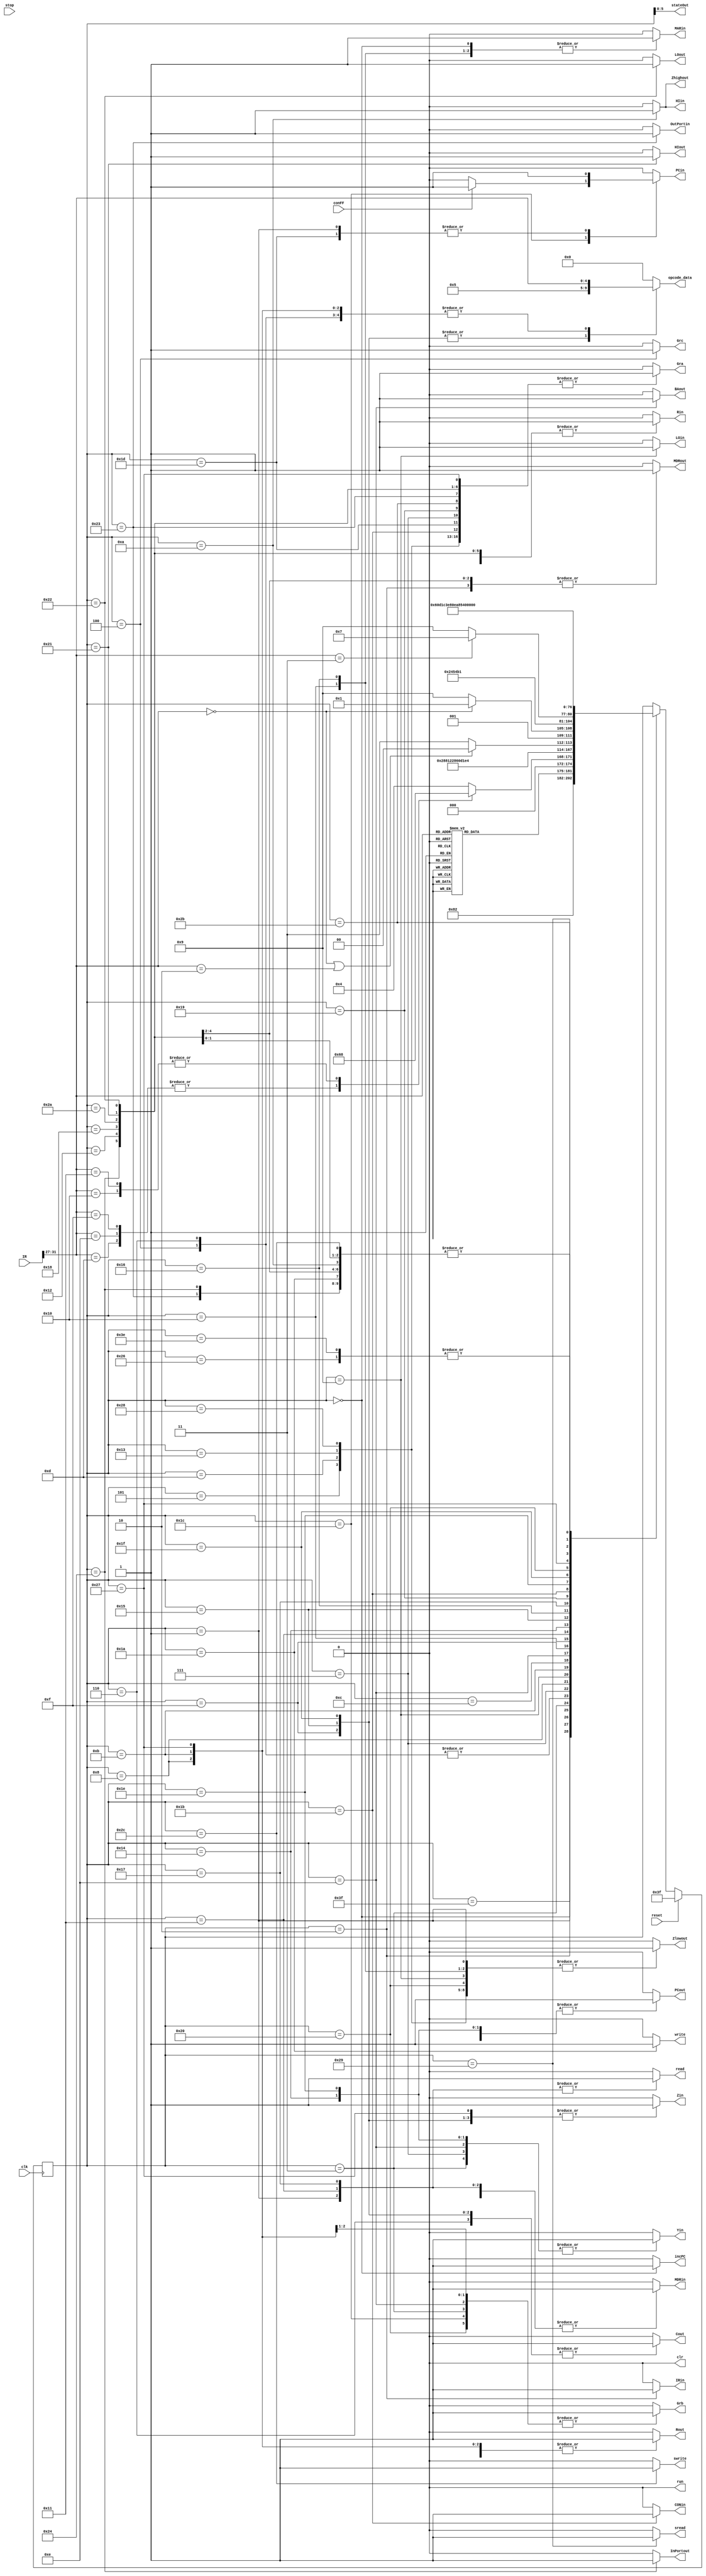
module ControlUnit(
	output reg Rin, Rout, Gra, Grb, Grc,
	output reg HIin, LOin, CONin, PCin, IRin, Yin, Zin, MARin, MDRin, OutPortin, Cout, InPortout, BAout,
	output reg PCout, MDRout, Zhighout, Zlowout, HIout, LOout,
	output reg incPC,
	output reg[4:0] opcode_data,
	output reg read, write, sread, swrite, run, clr,
	output wire[5:0] stateOut,
	input wire clk, reset, stop, conFF,
	input wire[31:0] IR
);

reg[6:0] present_state;
wire[4:0] opcode;
assign opcode = IR[31:27];
assign stateOut = present_state;

parameter	fetch0 = 0,
				fetch1 = 1,
				fetch2 = 2,
				add3 = 3,
				add4 = 4,
				add5 = 5,
				addi4 = 6,
				mul3 = 7,
				mul4 = 8,
				mul5 = 9,
				mul6 = 10,
				neg3 = 11,
				neg4 = 12,
				neg5 = 13,
				ld3 = 14,
				ld4 = 15,
				ld5 = 16,
				ld6 = 17,
				ld7 = 18,
				ldi5 = 19,
				ldr3 = 20,
				ldr4 = 21,
				ldr5 = 22,
				ldr6 = 23,
				ldr7 = 24,
				st6 = 25,
				st7 = 26,
				br3 = 27,
				br4 = 28,
				jp3 = 29,
				jal3 = 30,
				jal4 = 31,
				jal5 = 32,
				mfhi3 = 33,
				mflo3 = 34,
				out3 = 35,
				in3 = 36,
				halt3 = 38,
				inc3 = 39,
				inc4 = 40,
				ldstk3 = 41,
				ldstk4 = 42,
				ststk3 = 43,
				ststk4 = 44,
				end_state = 7'b0111110,
				reset_state = 7'b0111111;

always @(posedge clk) begin
	#1;
	if(reset == 1)
		present_state <= reset_state;
	else
		case(present_state)
			reset_state: present_state <= fetch0;
			fetch0: present_state <= fetch1;
			fetch1: present_state <= fetch2;
			
			fetch2:
			begin
				case(opcode)
					5'b00000: present_state <= ld3;
					5'b00001: present_state <= ld3; //ldi
					5'b00010: present_state <= ld3; //st
					5'b00011: present_state <= ldr3;
					5'b00100: present_state <= ldr3; //str
					5'b00101: present_state <= add3;
					5'b00110: present_state <= add3; //sub
					5'b00111: present_state <= add3; //and
					5'b01000: present_state <= add3; //or
					5'b01001: present_state <= add3; //shr
					5'b01010: present_state <= add3; //shl
					5'b01011: present_state <= add3; //ror
					5'b01100: present_state <= add3; //rol
					5'b01101: present_state <= add3; //addi
					5'b01110: present_state <= add3; //andi
					5'b01111: present_state <= add3; //ori
					5'b10000: present_state <= mul3; //mul
					5'b10001: present_state <= mul3; //div
					5'b10010: present_state <= neg3;
					5'b10011: present_state <= neg3; //not
					5'b10100: present_state <= br3;
					5'b10101: present_state <= jp3;
					5'b10110: present_state <= jal3;
					5'b10111: present_state <= in3;
					5'b11000: present_state <= out3;
					5'b11001: present_state <= mfhi3;
					5'b11010: present_state <= mflo3;
					5'b11011: present_state <= reset_state; //nop
					5'b11100: present_state <= halt3;
					5'b11101: present_state <= inc3;
					5'b11110: present_state <= ldstk3;
					5'b11111: present_state <= ststk3;
				endcase
			end
			
			add3:
			begin
				case(opcode)
					5'b01101: present_state <= addi4; //addi
					5'b01110: present_state <= addi4; //andi
					5'b01111: present_state <= addi4; //ori
					5'b10000: present_state <= mul4; //mul
					5'b10001: present_state <= mul4; //div
					default: present_state <= add4;
				endcase
			end
			add4: present_state <= add5;
			add5: present_state <= reset_state;
			
			//addi/andi/ori uses add3 and add5
			addi4: present_state <= add5;
			
			//sub uses add3 and add5
			
			mul3: present_state <= mul4;
			mul4: present_state <= mul5;
			mul5: present_state <= mul6;
			mul6: present_state <= reset_state;
			
			//not uses neg3-5
			neg3: present_state <= neg4;
			neg4: present_state <= neg5;
			neg5: present_state <= reset_state;
			
			//div uses add3 and mul5-6
			
			//and uses add3 and add5
			
			//or uses add3 and add5
			
			//shr uses add3 and add5
			
			//shl uses add3 and add5
			
			//ror uses add3 and add5
			
			//rol uses add3 and add5
			
			ld3: present_state <= ld4;
			ld4: 
			begin
				// if ld or st
				if(opcode == 5'b00000 || opcode == 5'b00010)
					present_state <= ld5;
				else
					present_state <= ldi5;
			end
			ld5: 
			begin
				if(opcode == 5'b00000)
					present_state <= ld6;
				else
					present_state <= st6;
			end
			ld6: present_state <= ld7;
			ld7: present_state <= reset_state;
			
			//ldi uses ld3-4
			ldi5: present_state <= reset_state;
			
			ldr3: present_state <= ldr4;
			ldr4: present_state <= ldr5;
			ldr5: 
			begin
				if(opcode == 5'b00011)
					present_state <= ldr6;
				else
					present_state <= st6; //str
			end
			ldr6: present_state <= ldr7;
			ldr7: present_state <= reset_state;
			
			//st uses ld3-5
			st6: present_state <= st7;
			st7: present_state <= reset_state;
			
			//str uses ldr3-4 and st6-7 (as str5-6)
			
			//brzr/brnz/brmi/brpl all use same seq
			br3: present_state <= br4;
			br4: present_state <= reset_state;
			
			jp3: present_state <= reset_state;
			
			//jal uses jp3 as jal6
			jal3: present_state <= jal4;
			jal4: present_state <= jal5;
			jal5: present_state <= jp3;
			
			mfhi3: present_state <= reset_state;
			
			mflo3: present_state <= reset_state;
			
			out3: present_state <= reset_state;
			
			in3: present_state <= reset_state;
			
			inc3: present_state <= inc4;
			inc4: present_state <= reset_state;
			
			ldstk3: present_state <= ldstk4;
			ldstk4: present_state <= reset_state;
			ststk3: present_state <= ststk4;
			ststk4: present_state <= reset_state;
			
			halt3: present_state <= end_state;
			end_state: present_state <= end_state;
		endcase
end

always @(present_state) begin
	Rin <= 0; Rout <= 0; Gra <= 0; Grb <= 0; Grc <= 0; HIin <= 0; LOin <= 0; 
	CONin <= 0; PCin <= 0; IRin <= 0; Yin <= 0; Zin <= 0; MARin <= 0; MDRin <=0;
	OutPortin <= 0; Cout <= 0; InPortout <= 0; BAout <= 0; incPC <= 0; read <= 0;
	write <= 0; run <= 0; clr <= 0; PCout <= 0; MDRout <= 0; Zhighout <= 0;
	Zlowout <= 0; HIout <= 0; LOout <= 0; sread <= 0; swrite <= 0; opcode_data <= 5'b00000;
	
	case(present_state)
		fetch0: begin PCout <= 1; MARin <= 1; incPC <= 1; Zin <= 1; end
		fetch1: begin Zlowout <= 1; PCin <= 1; read <= 1; MDRin <= 1; end
		fetch2: begin MDRout <= 1; IRin <= 1; end
		add3: begin Grb <= 1; Rout <= 1; Yin <= 1; end
		add4: begin Grc <= 1; Rout <= 1; opcode_data <= opcode; Zin <= 1; end
		add5: begin Zlowout <= 1; Gra <= 1; Rin <= 1; end
		addi4: begin Cout <= 1; opcode_data <= opcode; Zin <= 1; end
		mul3: begin Gra <= 1; Rout <= 1; Yin <= 1; end
		mul4: begin Grb <= 1; Rout <= 1; opcode_data <= opcode; Zin <= 1; end
		mul5: begin Zlowout <= 1; LOin <= 1; end
		mul6: begin Zhighout <= 1; HIin <= 1; end
		neg3: begin Grb <= 1; Rout <= 1; opcode_data <= opcode; Zin <= 1; end
		neg4: begin end
		neg5: begin Zlowout <= 1; Gra <= 1; Rin <= 1; end
		ld3: begin BAout <= 1; Grb <= 1; Yin <= 1; end
		ld4: begin Cout <= 1; opcode_data <= 5'b00101; Zin <= 1; end
		ld5: begin Zlowout <= 1; MARin <= 1; end
		ld6: begin read <= 1; MDRin <= 1; end
		ld7: begin MDRout <= 1; Gra <= 1; Rin <= 1; end
		ldi5: begin Zlowout <= 1; Gra <= 1; Rin <= 1; end
		ldr3: begin PCout <= 1; Yin <= 1; end
		ldr4: begin Cout <= 1; opcode_data <= 5'b00101; Zin <= 1; end
		ldr5: begin Zlowout <= 1; MARin <= 1; end
		ldr6: begin read <= 1; MDRin <= 1; end
		ldr7: begin MDRout <= 1; Gra <= 1; Rin <= 1; end
		st6: begin Gra <= 1; Rout <= 1; MDRin <= 1; end
		st7: begin write <= 1; end
		br3: begin Gra <= 1; Rout <= 1; CONin <= 1; end
		br4: 
		begin
			Grb <= 1; Rout <= 1;
			if(conFF)
				PCin <= 1;
		end
		jp3: begin Gra <= 1; Rout <= 1; PCin <= 1; end
		jal3: begin PCout <= 1; Yin <= 1; end
		jal4: begin Cout <= 1; opcode_data <= 5'b00101; Zin <= 1; end
		jal5: begin Zlowout <= 1; Grb <= 1; Rin <= 1; end
		mfhi3: begin HIout <= 1; Gra <= 1; Rin <= 1; end
		mflo3: begin LOout <= 1; Gra <= 1; Rin <= 1; end
		out3: begin Gra <= 1; Rout <= 1; OutPortin <= 1; end
		in3: begin InPortout <= 1; Gra <= 1; Rin <= 1; end
		inc3: begin Gra <= 1; Rout <= 1; opcode_data <= opcode; Zin <= 1; end
		inc4: begin Zlowout <= 1; Gra <= 1; Rin <= 1; end
		ldstk3: begin sread <= 1; MDRin <= 1; end
		ldstk4: begin MDRout <= 1; Gra <= 1; Rin <= 1; end
		ststk3: begin Gra <= 1; Rout <= 1; MDRin <= 1; end
		ststk4: begin swrite <= 1; end
	endcase
end

endmodule